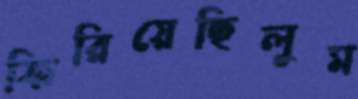
ফিরিয়েছিলুম